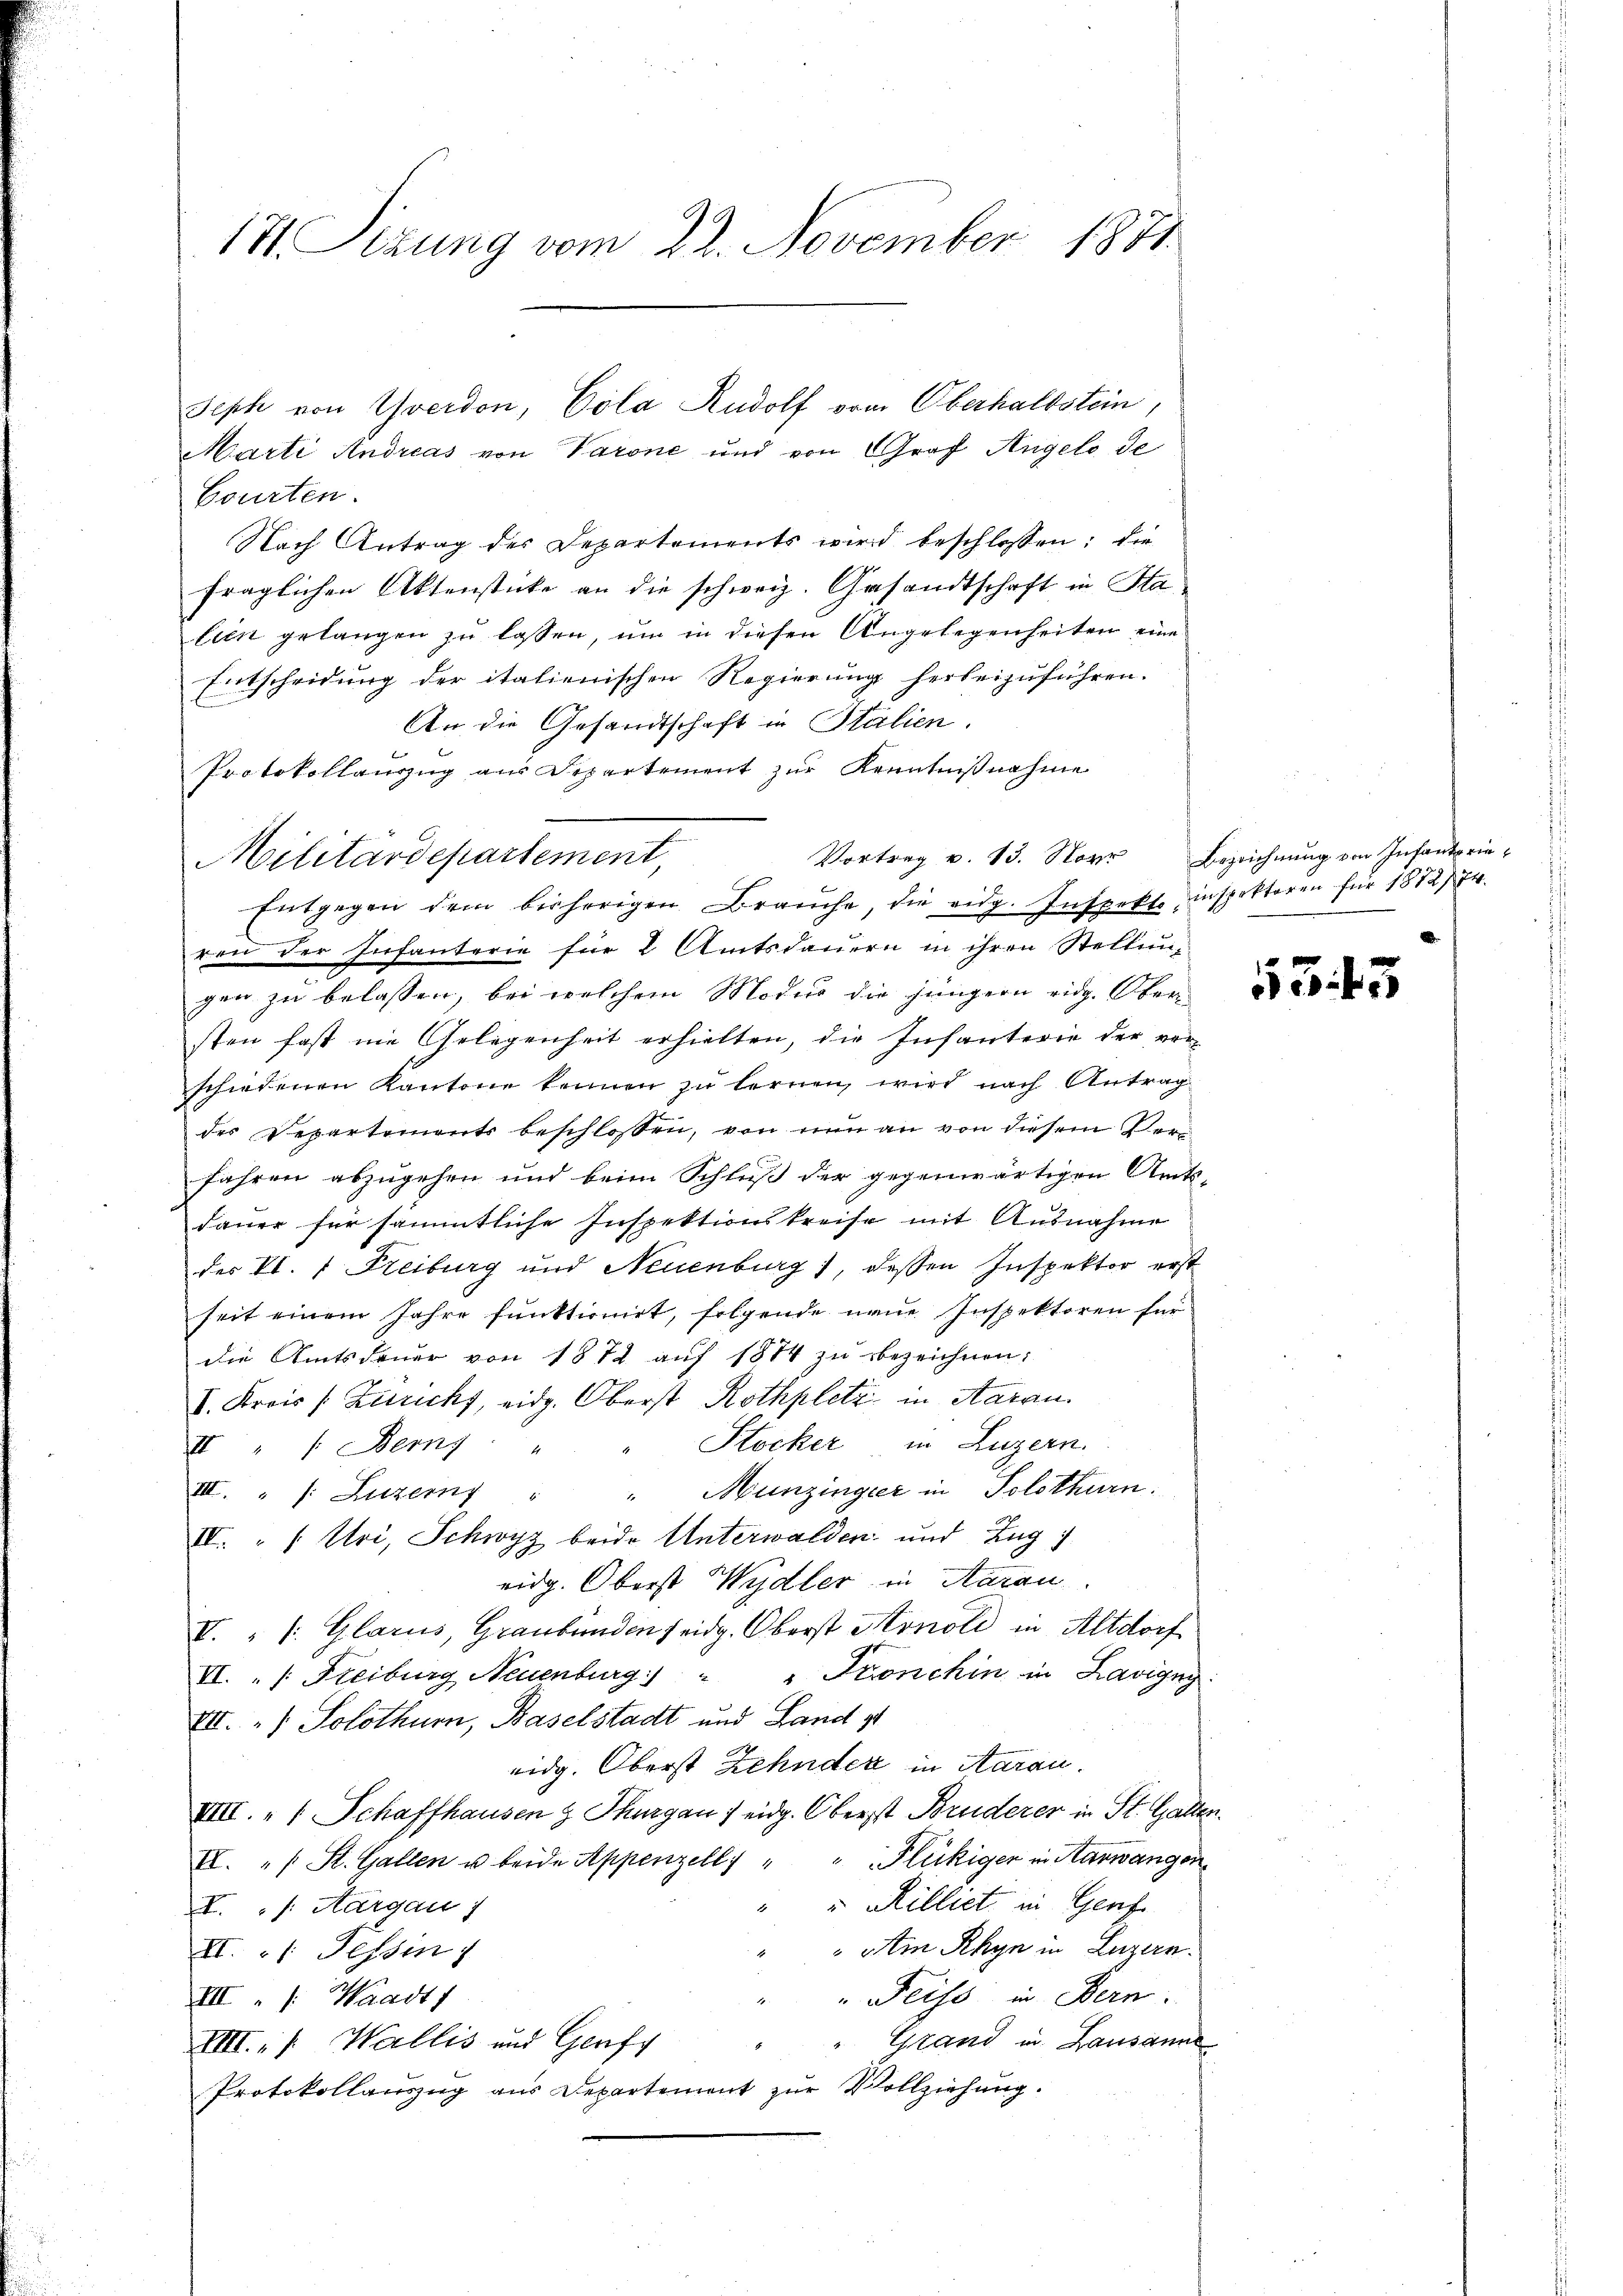
17. Sizung vom 22. November 1871

Marti Andreas von Varone und von Graf Angels de
Courten.
Nach Antrag der Departements wird beschlossen; die
fraglichen Aktenstücke an die schweiz. Gesandtschaft in Sta
lien gelangen zu lassen, um in diesen Angelegenheiten eine
Entscheidung der italienischen Regierung herbeizuführen.
B
An die Gesandtschaft in Stalien.
Protokollanzug aus Departement zŭr Kenntnißnahme
Entgegen dem bisherigen Brauche, die eidg. Inspekto inspektoren für 1872/74.
ren der Infanterie für 2 Amtsdauern in ihren Stellung
gen zu belassen, bei welchem Modus die jüngern eidg. Ober-
sten fast nie Gelegenheit erhielten, die Infanterie der ver
schiedenen Kantone kennen zŭ lernen, wird nach Antrag
der Departements beschlossen, von nun an von diesem Verfahren abzugehen und beim Schluß der gegenwärtigen Amts-
dauer für sämmtliche Inspektionskreise mit Ausnahme
des Kt. " Freiburg und Neuenburg), dessen Inspektor erst
seit einem Jahre funktionirt, folgende neue Inspektoren für
die Amtsdaŭer von 1872 aŭf 1874 zŭ bezeichnen:
V. Kreis (Züricht, eidg. Oberst Rothplatz in Aarau
" Stocker in Luzern.
II " " Berny "
III. " (Luzerns " " Munzinger in Solothurn.
IV. " " Uri, Schwyz beide Unterwalden und Zug
eidg. Oberst Wydler in Aarau
I. " /: Glarus, Graubünden seidg. Oberst Arnold in Altdorf
VI. „ /: Freiburg, Neuenburg " " Pronchin in Lavigny
VII. „ Solothurn, Baselstadt und Land st
eidg. Oberst Zehnder in Aarau
VIII. „  Schaffhausen & Thurgau / eidg. Oberst Bruderer in St. Gallen.
II. " " St. Gallen u beide Appenzell " " Flückiger in Harwangen
v Rilliet in Genfe
I. /: Aargau)
Am Rhyn in Luzern.
XI. 1. Tessin
"Feiss in Bern.
III. /: Waadt)
1
Gstand in Lausanne
VIII. „ /: Wallis und Genfy
Protokollaŭszŭg ans Departement zŭr Vollziehŭng.

MMilitärdepartement,

Seph von Yverdon, Cola Rudolf vom Oberhaltstein,

Vortrag v. 13. Nove Bezeichnŭng von Infantprie-

55